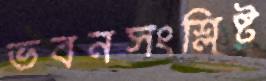
ভবনসংশ্লিষ্ট